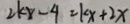
2 k x - 4 = k x + 2 x